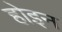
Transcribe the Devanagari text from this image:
होइन